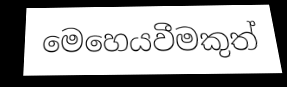
මෙහෙයවීමකුත්